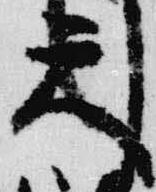
天